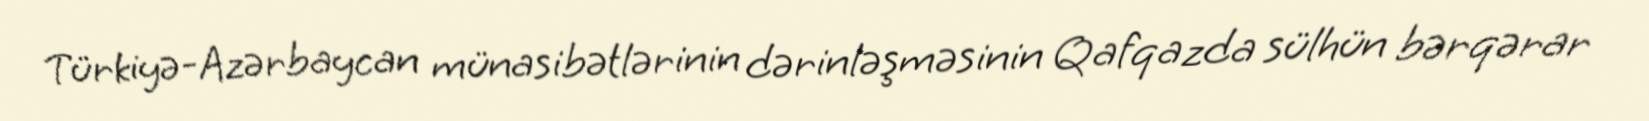
Türkiyə-Azərbaycan münasibətlərinin dərinləşməsinin Qafqazda sülhün bərqərar